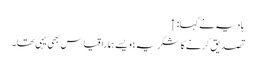
ہادیہ نے کہا: ↑
تصدیق کرنے کا شکریہ؛ ویسے ہمارا قیاس بھی یہی تھا۔